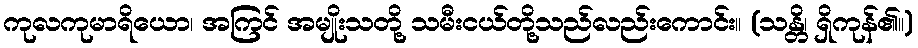
ကုလကုမာရိယော၊ အကြင် အမျိုးသတို့ သမီးငယ်တို့သည်လည်းကောင်း။ (သန္တိ၊ ရှိကုန်၏။)